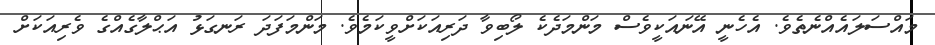
މައްސަލައެއްނެތެވެ. އެހެނީ އޭނައަކީވެސް މަންމަދެކެ ލޯބިވާ ދަރިއަކަށްވީކަމެވެ. މަންމަފަދަ ރަނގަޅު އަޙްލާގެއްގެ ވެރިއަކަށް